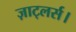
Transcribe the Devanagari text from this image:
ज़ाट्लर्स।